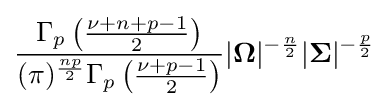
{\frac {\Gamma _{p}\left({\frac {\nu +n+p-1}{2}}\right)}{(\pi )^{\frac {np}{2}}\Gamma _{p}\left({\frac {\nu +p-1}{2}}\right)}}|{\boldsymbol {\Omega }}|^{-{\frac {n}{2}}}|{\boldsymbol {\Sigma }}|^{-{\frac {p}{2}}}